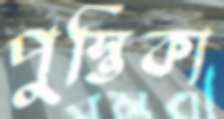
পুস্তিকা